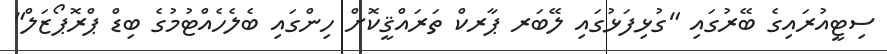
ސިޓީއުރައިގެ ބޭރުގައި "ގުޅިފަޅުގައި ލޭބަރ ޕާރކް ތަރައްޤީކޮށް ހިންގައި ބެލެހެއްޓުމުގެ ބިޑް ޕްރޮޕޯޒަލް"